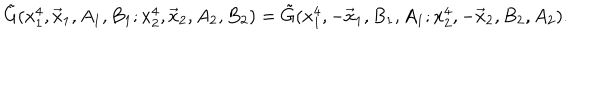
\tilde { G } ( x _ { 1 } ^ { 4 } , \vec { x } _ { 1 } , A _ { 1 } , B _ { 1 } ; x _ { 2 } ^ { 4 } , \vec { x } _ { 2 } , A _ { 2 } , B _ { 2 } ) = \tilde { G } ( x _ { 1 } ^ { 4 } , - \vec { x } _ { 1 } , B _ { 1 } , A _ { 1 } ; x _ { 2 } ^ { 4 } , - \vec { x } _ { 2 } , B _ { 2 } , A _ { 2 } ) .